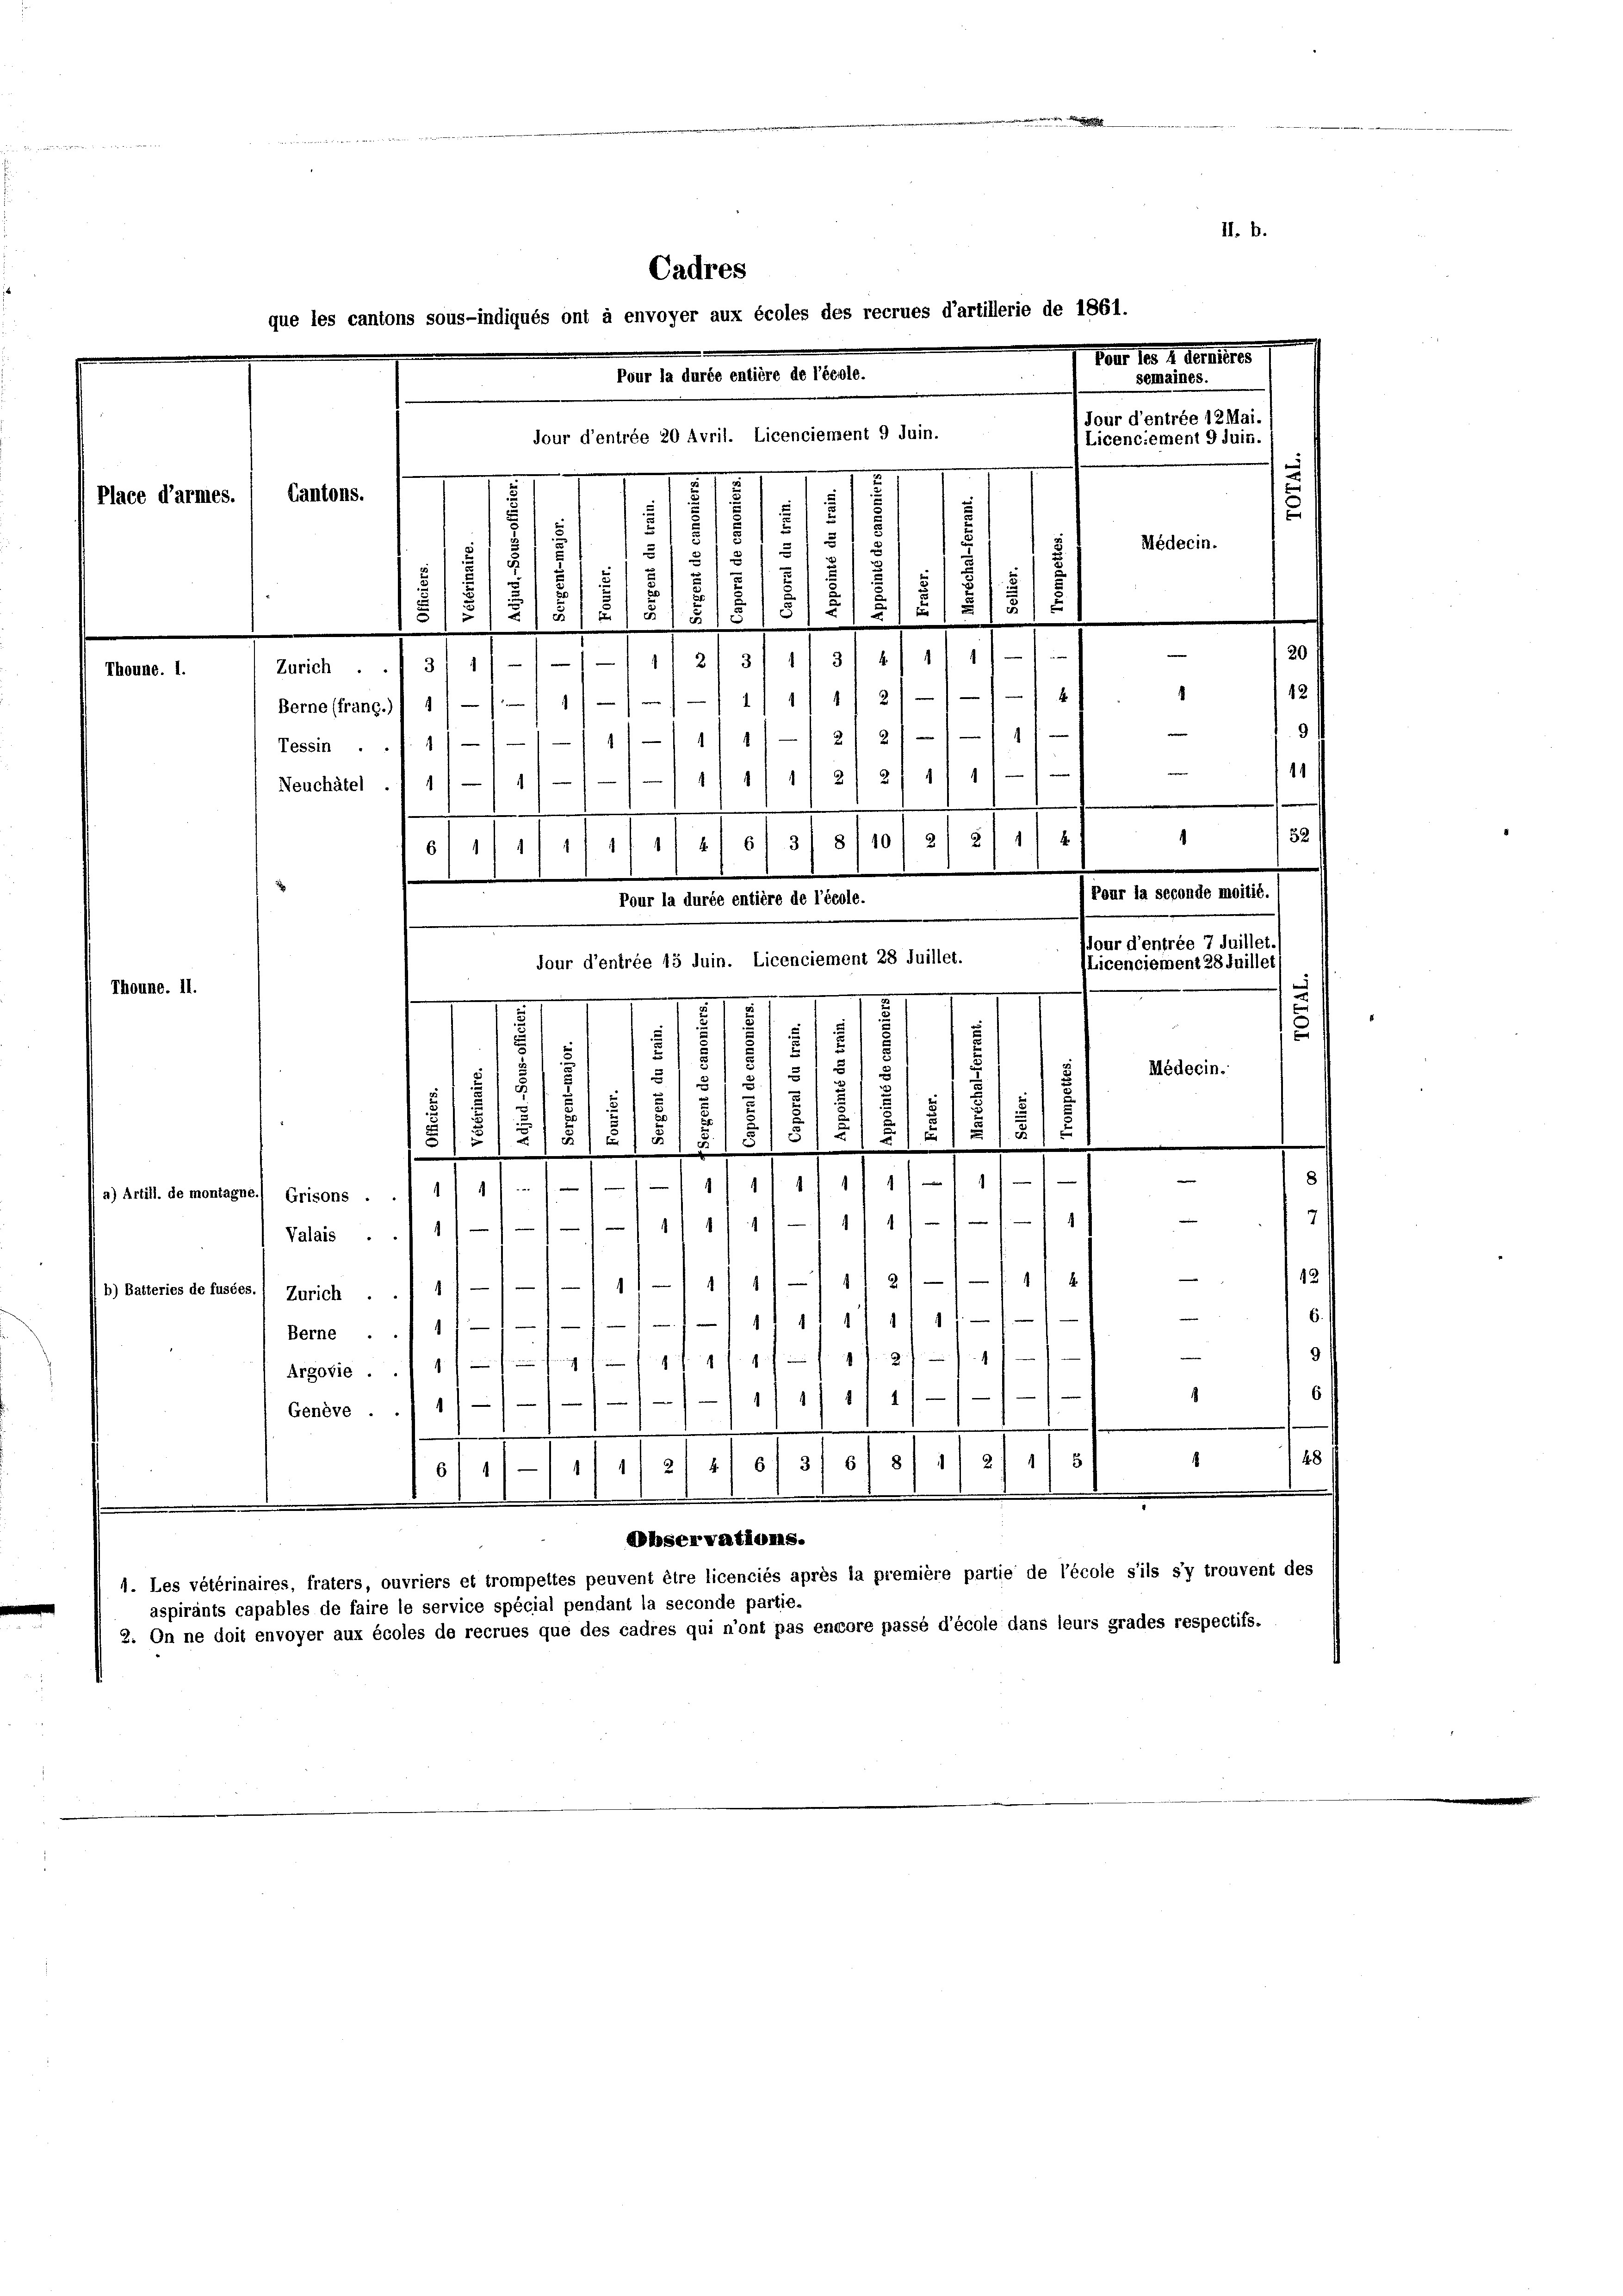
e
e
x
.
u
Cantons.
s
u
5

u
81
5
.
.
u
12
.
e
x
31 2/4
Zürich . . 31 11 - 11—111 2/ 311
.
2/

1)
Berne (franç.)) 1
221
Tessin . . f. 1
11 2/ 2/11 1
Neuchâtel ./ 1) — 1
61111/11 11 1/2 613/ 8/10 21 2/ 1/2 f
1
Pour la durée entière de l’école.
jour d’entrée 15 Juin. Licenciement 28 Juillet.
.
e
Thoune. 11.
e

.
1
.
s
r
2
E
s
5
2
5
5
51
s
u
u
u
u
)
2
.

s
2
15
5
5)
.
1
2) Artill. de montagne. Grisons . . 1/ 4/-1—1/1 11 1/1 11 11 - 1
Valais ..11////11/11 17/1 1/
b) Basteries de fusses.) Zürich 1 1/-1—)—11/1 11 1/1 11 21-1/1/
1
111 411/1
Berne ..1111/
2
 ff.
Argovie . . 4 f      fernung
11
1
1
Genève ... 1
111 2/4 613/ 518 1/21 11 5/
614
e
.
e
6
Observations.
1. Les vétérinaires, fraters, ouvriers et trompeltes peuvent être licenciés après la première partie de l’école s’ils s’y trouvent des
aspirants capables de faire le service spécial pendant la seconde partie.
2. On ne doit envoyer aux écoles de recrues que des cadres qui n’ont pas encore passé d’école dans leurs grades respectifs.

Place d’armes.

Thoune. 1.

Cadres
que les cantons sous-indiqués ont à envoyer aux écoles des recrues d’artillerie de 1861.
Pag. 18. 1. Seite
Pour la durée entière de l’école.
semaines.
Jour d’entrée 12 Mai.
Jour d’entrée 20 Avril. Licenciement 9 Juin.
Licenciement 9 Juis.

2
3
5
u
d

Médecin.

1
1

.

Pour la seconde moitié.
Jlour d’entrée 7 Juillet.
(Licenciement 28 Juillet
e
e
Médecin.

6
48

II. B.

6.